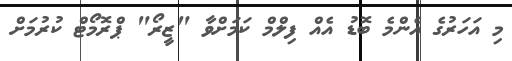
މި އަހަރުގެ އެންމެ ބޮޑު އެއް ފިލްމް ކަމަށްވާ "ޒީރޯ" ޕްރޮމޯޓް ކުރުމަށް